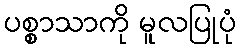
ပစ္စာသာကို မူလပြုပုံ